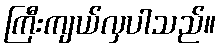
ကြီးကျယ်လှပါသည်။